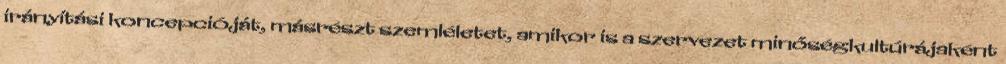
irányítási koncepcióját, másrészt szemléletet, amikor is a szervezet minőségkultúrájaként